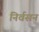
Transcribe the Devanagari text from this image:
निर्वसन